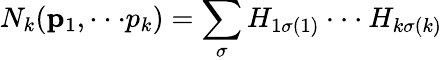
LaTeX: N_{k}({\mathbf p_{1},\cdot\cdot\cdot p_{k}})=\sum_{\sigma}H_{1\sigma(1)}\cdot\cdot\cdot H_{k\sigma(k)}